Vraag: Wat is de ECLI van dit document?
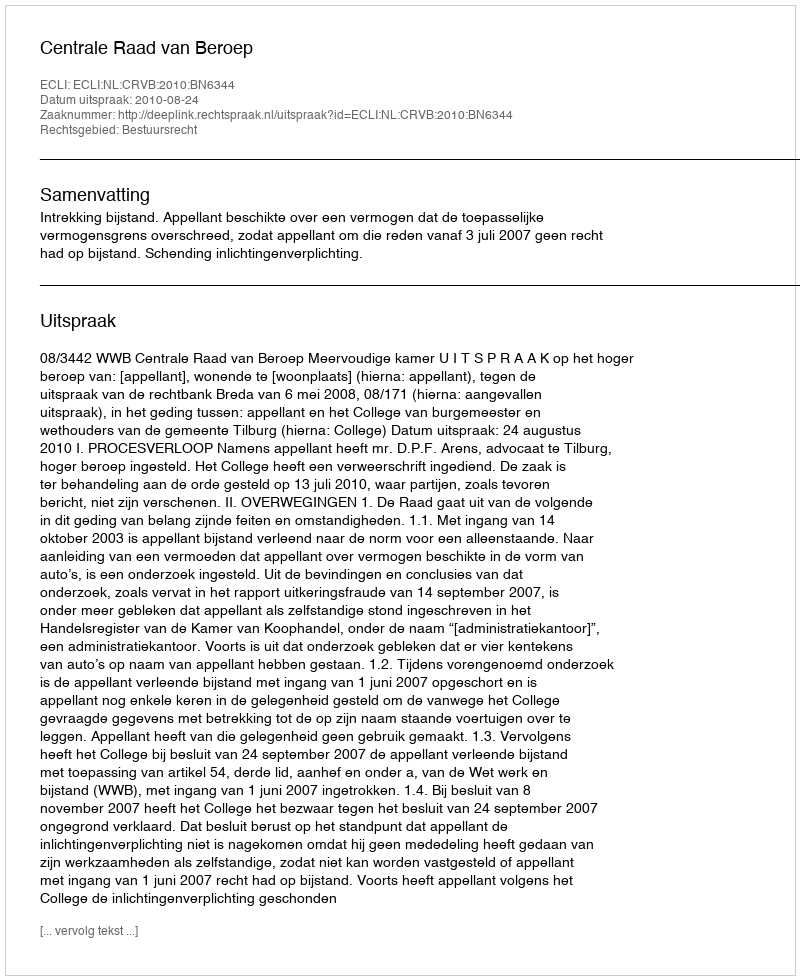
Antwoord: ECLI:NL:CRVB:2010:BN6344